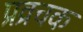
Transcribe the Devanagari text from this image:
प्रव्रचक